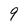
Character: 9